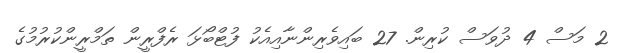
2 މަސް 4 ދުވަސް ކުރިން. 27 ބައިވެރިންނާއިއެކު ފުޓްބޯޅަ ރެފްރީން ތަމްރީންކުރުމުގެ